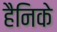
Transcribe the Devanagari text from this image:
हैनिके